Lunatic asylums Bombay report 1878-1890 - 1878-1890
Year: 1878
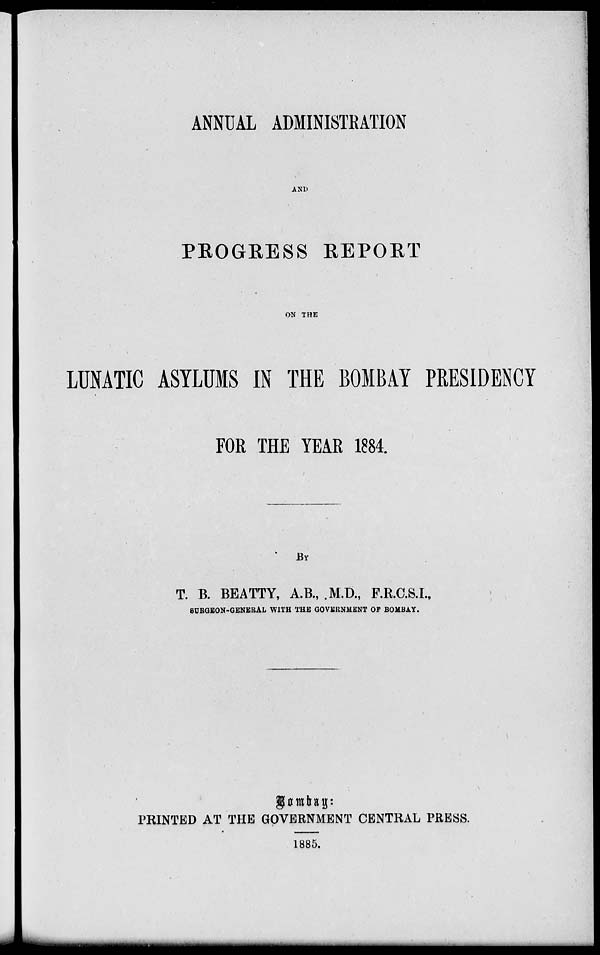
ANNUAL ADMINISTRATION
AND
PROGRESS REPORT
ON THE
LUNATIC ASYLUMS IN THE BOMBAY PRESIDENCY
FOR THE YEAR 1884.
BY
T. B. BEATTY, A.B., .M.D., F.R.C.S.I.,
SURGEON-GENERAL WITH THE GOVERNMENT OF BOMBAY.
PRINTED AT THE GOVERNMENT CENTRAL PRESS.
1885.